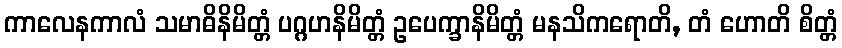
ကာလေနကာလံ သမာဓိနိမိတ္တံ ပဂ္ဂဟနိမိတ္တံ ဥပေက္ခာနိမိတ္တံ မနသိကရောတိ, တံ ဟောတိ စိတ္တံ